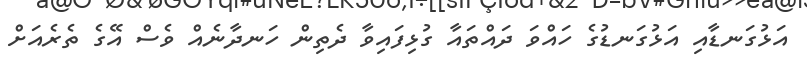
އަޅުގަނޑާއި އަޅުގަނޑުގެ ހައްވަ ދައްތައާ ގުޅިފައިވާ ދެތިން ހަނދާނެއް ވެސް އޭގެ ތެރެއަށް